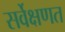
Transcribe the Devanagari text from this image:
सर्वेक्षणत